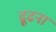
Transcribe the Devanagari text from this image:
ढ़ूढना